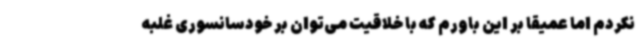
نکردم اما عمیقا بر این باورم که با خلاقیت می‌توان بر خودسانسوری غلبه